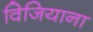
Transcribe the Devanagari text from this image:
विजियाना